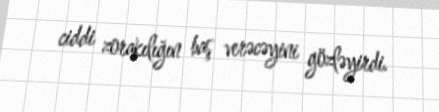
ciddi zorakılığın baş verəcəyini gözləyirdi.